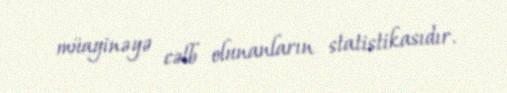
müayinəyə cəlb olunanların statistikasıdır.